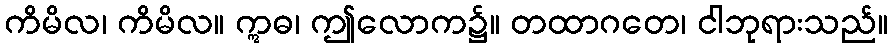
ကိမိလ၊ ကိမိလ။ ဣဓ၊ ဤလောက၌။ တထာဂတေ၊ ငါဘုရားသည်။